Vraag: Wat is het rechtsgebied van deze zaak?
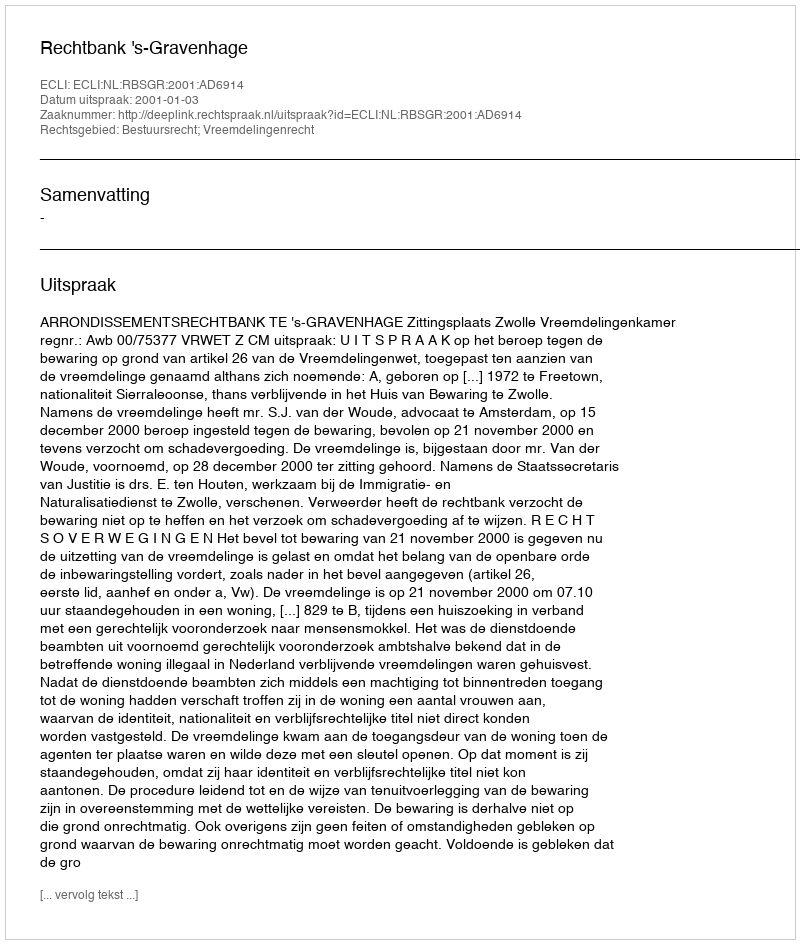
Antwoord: Bestuursrecht; Vreemdelingenrecht